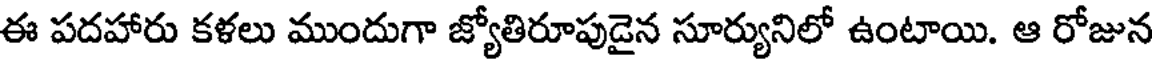
ఈ పదహారు కళలు ముందుగా జ్యోతిరూపుడైన సూర్యునిలో ఉంటాయి. ఆ రోజున